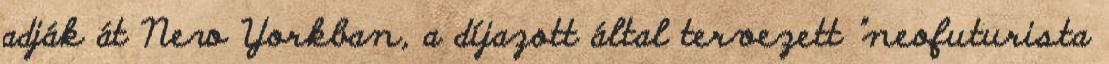
adják át New Yorkban, a díjazott által tervezett "neofuturista